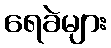
ရေခဲများ